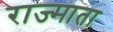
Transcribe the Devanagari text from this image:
राज्माता